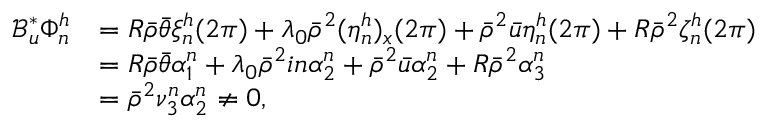
\begin{array} { r l } { \mathcal { B } _ { u } ^ { * } \Phi _ { n } ^ { h } } & { = R \bar { \rho } \bar { \theta } \xi _ { n } ^ { h } ( 2 \pi ) + \lambda _ { 0 } \bar { \rho } ^ { 2 } ( \eta _ { n } ^ { h } ) _ { x } ( 2 \pi ) + \bar { \rho } ^ { 2 } \bar { u } \eta _ { n } ^ { h } ( 2 \pi ) + R \bar { \rho } ^ { 2 } \zeta _ { n } ^ { h } ( 2 \pi ) } \\ & { = R \bar { \rho } \bar { \theta } \alpha _ { 1 } ^ { n } + \lambda _ { 0 } \bar { \rho } ^ { 2 } i n \alpha _ { 2 } ^ { n } + \bar { \rho } ^ { 2 } \bar { u } \alpha _ { 2 } ^ { n } + R \bar { \rho } ^ { 2 } \alpha _ { 3 } ^ { n } } \\ & { = \bar { \rho } ^ { 2 } \nu _ { 3 } ^ { n } \alpha _ { 2 } ^ { n } \neq 0 , } \end{array}